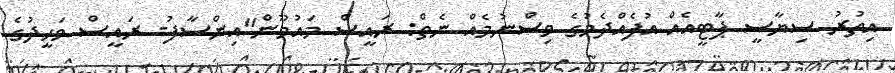
އިތުރު ސިޔާސީ ޕާޓީއެއް އުފެއްދެމުގެ ވިސްނުމެއް ނެތް: ރައީސް މައުމޫން"އިންސާފު- ރައީސް ވަހީދުގެ